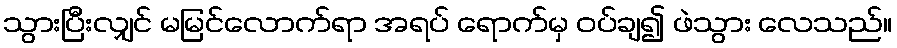
သွားပြီးလျှင် မမြင်လောက်ရာ အရပ် ရောက်မှ ဝပ်ချ၍ ဖဲသွား လေသည်။